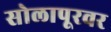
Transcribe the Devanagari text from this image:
सोलापूरवर